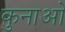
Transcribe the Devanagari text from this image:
कुनाओ